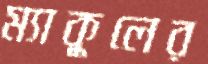
ম্যাকুলের